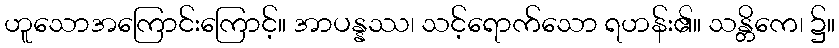
ဟူသောအကြောင်းကြောင့်။ အာပန္နဿ၊ သင့်ရောက်သော ရဟန်း၏။ သန္တိကေ၊ ၌။